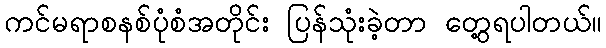
ကင်မရာစနစ်ပုံစံအတိုင်း ပြန်သုံးခဲ့တာ တွေ့ရပါတယ်။